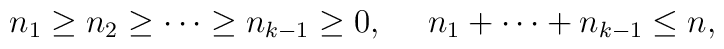
n_1 \geq n_2 \geq \cdots \geq n_{k-1}\geq 0, ~~~~n_1 + \cdots + n_{k-1} \leq n,